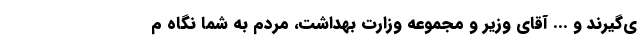
ی‌گیرند و ... آقای وزیر و مجموعه وزارت بهداشت، مردم به شما نگاه م